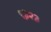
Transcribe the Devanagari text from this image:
९३२३